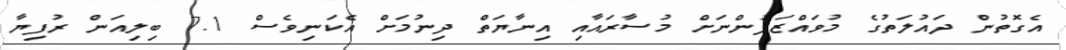
އެގޮތުން ދައުލަތުގެ މުވައްޒަފުންނަށް މުސާރައާއި އިނާޔަތް ދިނުމަށް އެކަނިވެސް 7.1 ބިލިއަން ރުފިޔާ